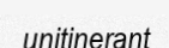
unitinerant